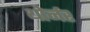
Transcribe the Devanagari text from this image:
थोर्नर